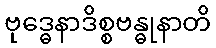
ဗုဒ္ဓေနာဒိစ္စဗန္ဓုနာတိ